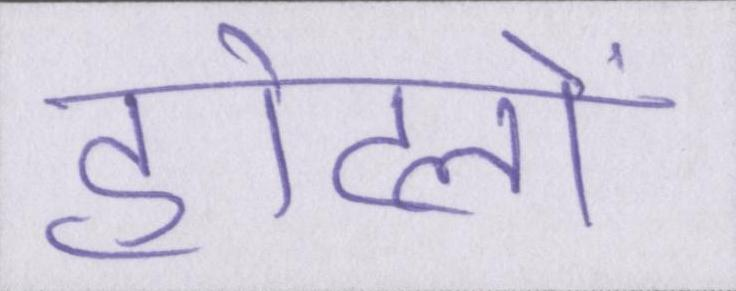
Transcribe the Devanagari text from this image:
होटलों